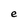
Character: e